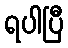
ရပါပြီ